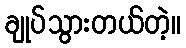
ချုပ်သွားတယ်တဲ့။